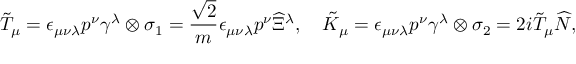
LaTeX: \tilde { \cal T } _ { \mu } = \epsilon _ { \mu \nu \lambda } p ^ { \nu } \gamma ^ { \lambda } \otimes \sigma _ { 1 } = \frac { \sqrt { 2 } } { m } \epsilon _ { \mu \nu \lambda } p ^ { \nu } \widehat { \Xi } { } ^ { \lambda } , \quad \tilde { \cal K } _ { \mu } = \epsilon _ { \mu \nu \lambda } p ^ { \nu } \gamma ^ { \lambda } \otimes \sigma _ { 2 } = 2 i \tilde { \cal T } _ { \mu } \widehat { N } ,